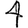
Digit: 4